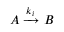
A \xrightarrow { k _ { i } } B